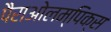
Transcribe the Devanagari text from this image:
पैराओलम्पिक्स